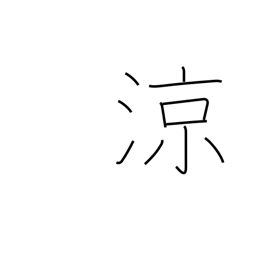
Meaning: refreshing